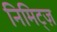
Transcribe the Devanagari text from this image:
निमिट्ज़